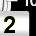
Digit: 2